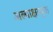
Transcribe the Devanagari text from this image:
अल्पाक्षरयुक्त